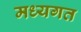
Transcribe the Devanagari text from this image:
मध्यगत